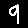
Digit: 9